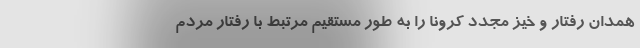
همدان رفتار و خیز مجدد کرونا را به طور مستقیم مرتبط با رفتار مردم